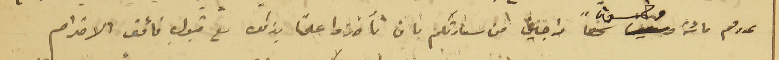
عددهم مائة وخمسون شخصاً راجين من سعادتكم بان تآخذوا علمًا بذلك مع قبول فائق الاحترام